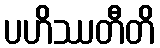
ပဟိဿတီတိ